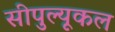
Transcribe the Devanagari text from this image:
सीपुल्यूकल